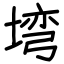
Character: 塆